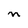
Character: n